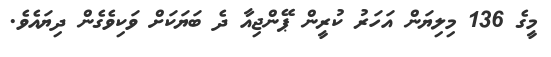
މީގެ 136 މިލިޔަން އަހަރު ކުރީން ޕޭންޖިއާ ދެ ބަޔަކަށް ވަކިވެގެން ދިޔައެވެ.